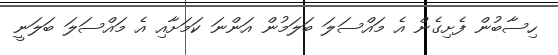
ހިސާބުން ފެށިގެން އެ މައްސަލަ ބަލަމުން އަންނަ ކަމަށާއި އެ މައްސަލަ ބަލަނީ